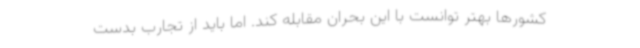
کشورها بهتر توانست با این بحران مقابله کند. اما باید از تجارب بدست